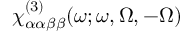
\chi _ { \alpha \alpha \beta \beta } ^ { ( 3 ) } ( \omega ; \omega , \Omega , - \Omega )